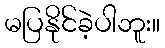
မပြနိုင်ခဲ့ပါဘူး။